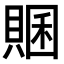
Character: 𧶞